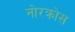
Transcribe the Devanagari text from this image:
नोरक्रोस